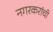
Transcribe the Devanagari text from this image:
नगरकरांची